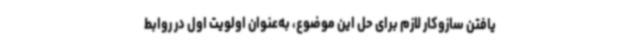
یافتن سازوکار لازم برای حل این موضوع، به‌عنوان اولویت اول در روابط